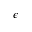
\epsilon